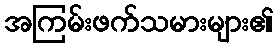
အကြမ်းဖက်သမားများ၏